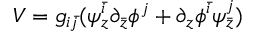
V = g _ { i \bar { j } } ( \psi _ { z } ^ { \bar { i } } \partial _ { \bar { z } } \phi ^ { j } + \partial _ { z } \phi ^ { \bar { i } } \psi _ { \bar { z } } ^ { j } )